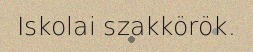
Iskolai szakkörök.